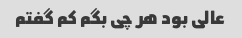
عالی بود هر چی بگم کم گفتم